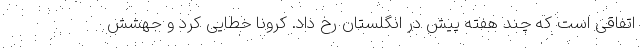
اتفاقی است که چند هفته پیش در انگلستان رخ داد. کرونا خطایی کرد و جهشش